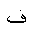
Letter: _fa